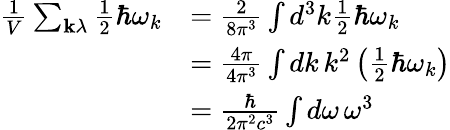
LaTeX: {\begin{array}{rl}{{\frac{1}{V}}\sum_{\mathbf{k}\lambda}{\frac{1}{2}}\hbar\omega_{k}}&{={\frac{2}{8\pi^{3}}}\int d^{3}k{\frac{1}{2}}\hbar\omega_{k}}\\ &{={\frac{4\pi}{4\pi^{3}}}\int dk\, k^{2}\left({\frac{1}{2}}\hbar\omega_{k}\right)}\\ &{={\frac{\hbar}{2\pi^{2}c^{3}}}\int d\omega\, \omega^{3}}\end{array}}